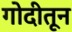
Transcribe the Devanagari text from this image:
गोदीतून